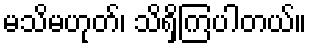
မသိမဟုတ်၊ သိရှိကြပါတယ်။